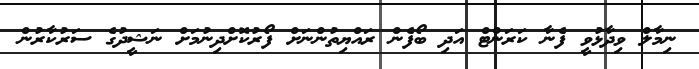
ނިމާލް ވިދާޅުވީ ފެނާ ކަރަންޓް އަދި ބޯފެން ރައްޔިތުންނަށް ފޯރުކޮށްދިނުމަށް ނަޝީދުގެ ސަރުކާރުން